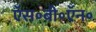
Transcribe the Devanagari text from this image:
ऍस॰बी॰ऍन॰